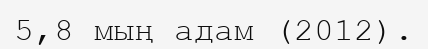
5,8 мың адам (2012).